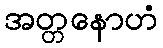
အတ္တနောဟံ